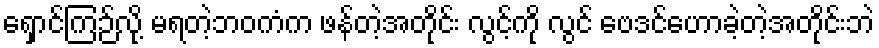
ရှောင်ကြဉ်လို့ မရတဲ့ဘဝကံက ဖန်တဲ့အတိုင်း လွင့်ကို လွင် ဗေဒင်ဟောခဲ့တဲ့အတိုင်းဘဲ